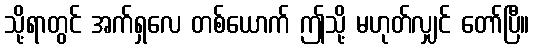
သို့ရာတွင် အက်ရှလေ တစ်ယောက် ဤသို့ မဟုတ်လျှင် တော်ပြီ။